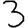
Digit: 3